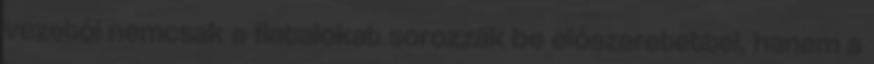
vezetői nemcsak a fiatalokat sorozzák be előszeretettel, hanem a